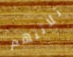
ثلاثتهم